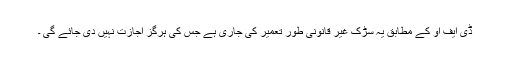
ڈی ایف او کے مطابق یہ سڑک غیر قانونی طور تعمیر کی جاری ہے جس کی ہرگز اجازت نہیں دی جائے گی ۔